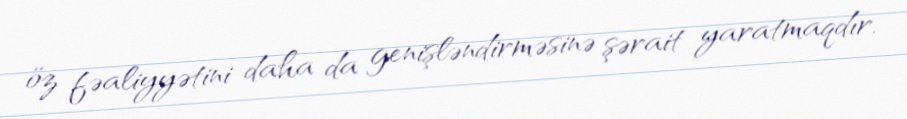
öz fəaliyyətini daha da genişləndirməsinə şərait yaratmaqdır.